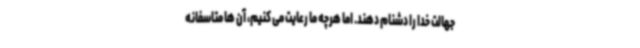
جهالت خدا را دشنام دهند. اما هرچه ما رعایت می کنیم، آن ها متاسفانه